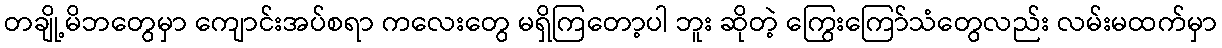
တချို့မိဘတွေမှာ ကျောင်းအပ်စရာ ကလေးတွေ မရှိကြတော့ပါ ဘူး ဆိုတဲ့ ကြွေးကြော်သံတွေလည်း လမ်းမထက်မှာ